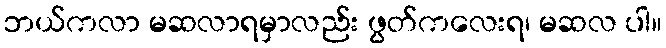
ဘယ်ကလာ မဆလာရမှာလည်း ဖွတ်ကလေးရ၊ မဆလ ပါ။